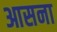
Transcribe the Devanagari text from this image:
आसना